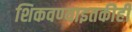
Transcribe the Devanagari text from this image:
शिकवण्याइतकीही